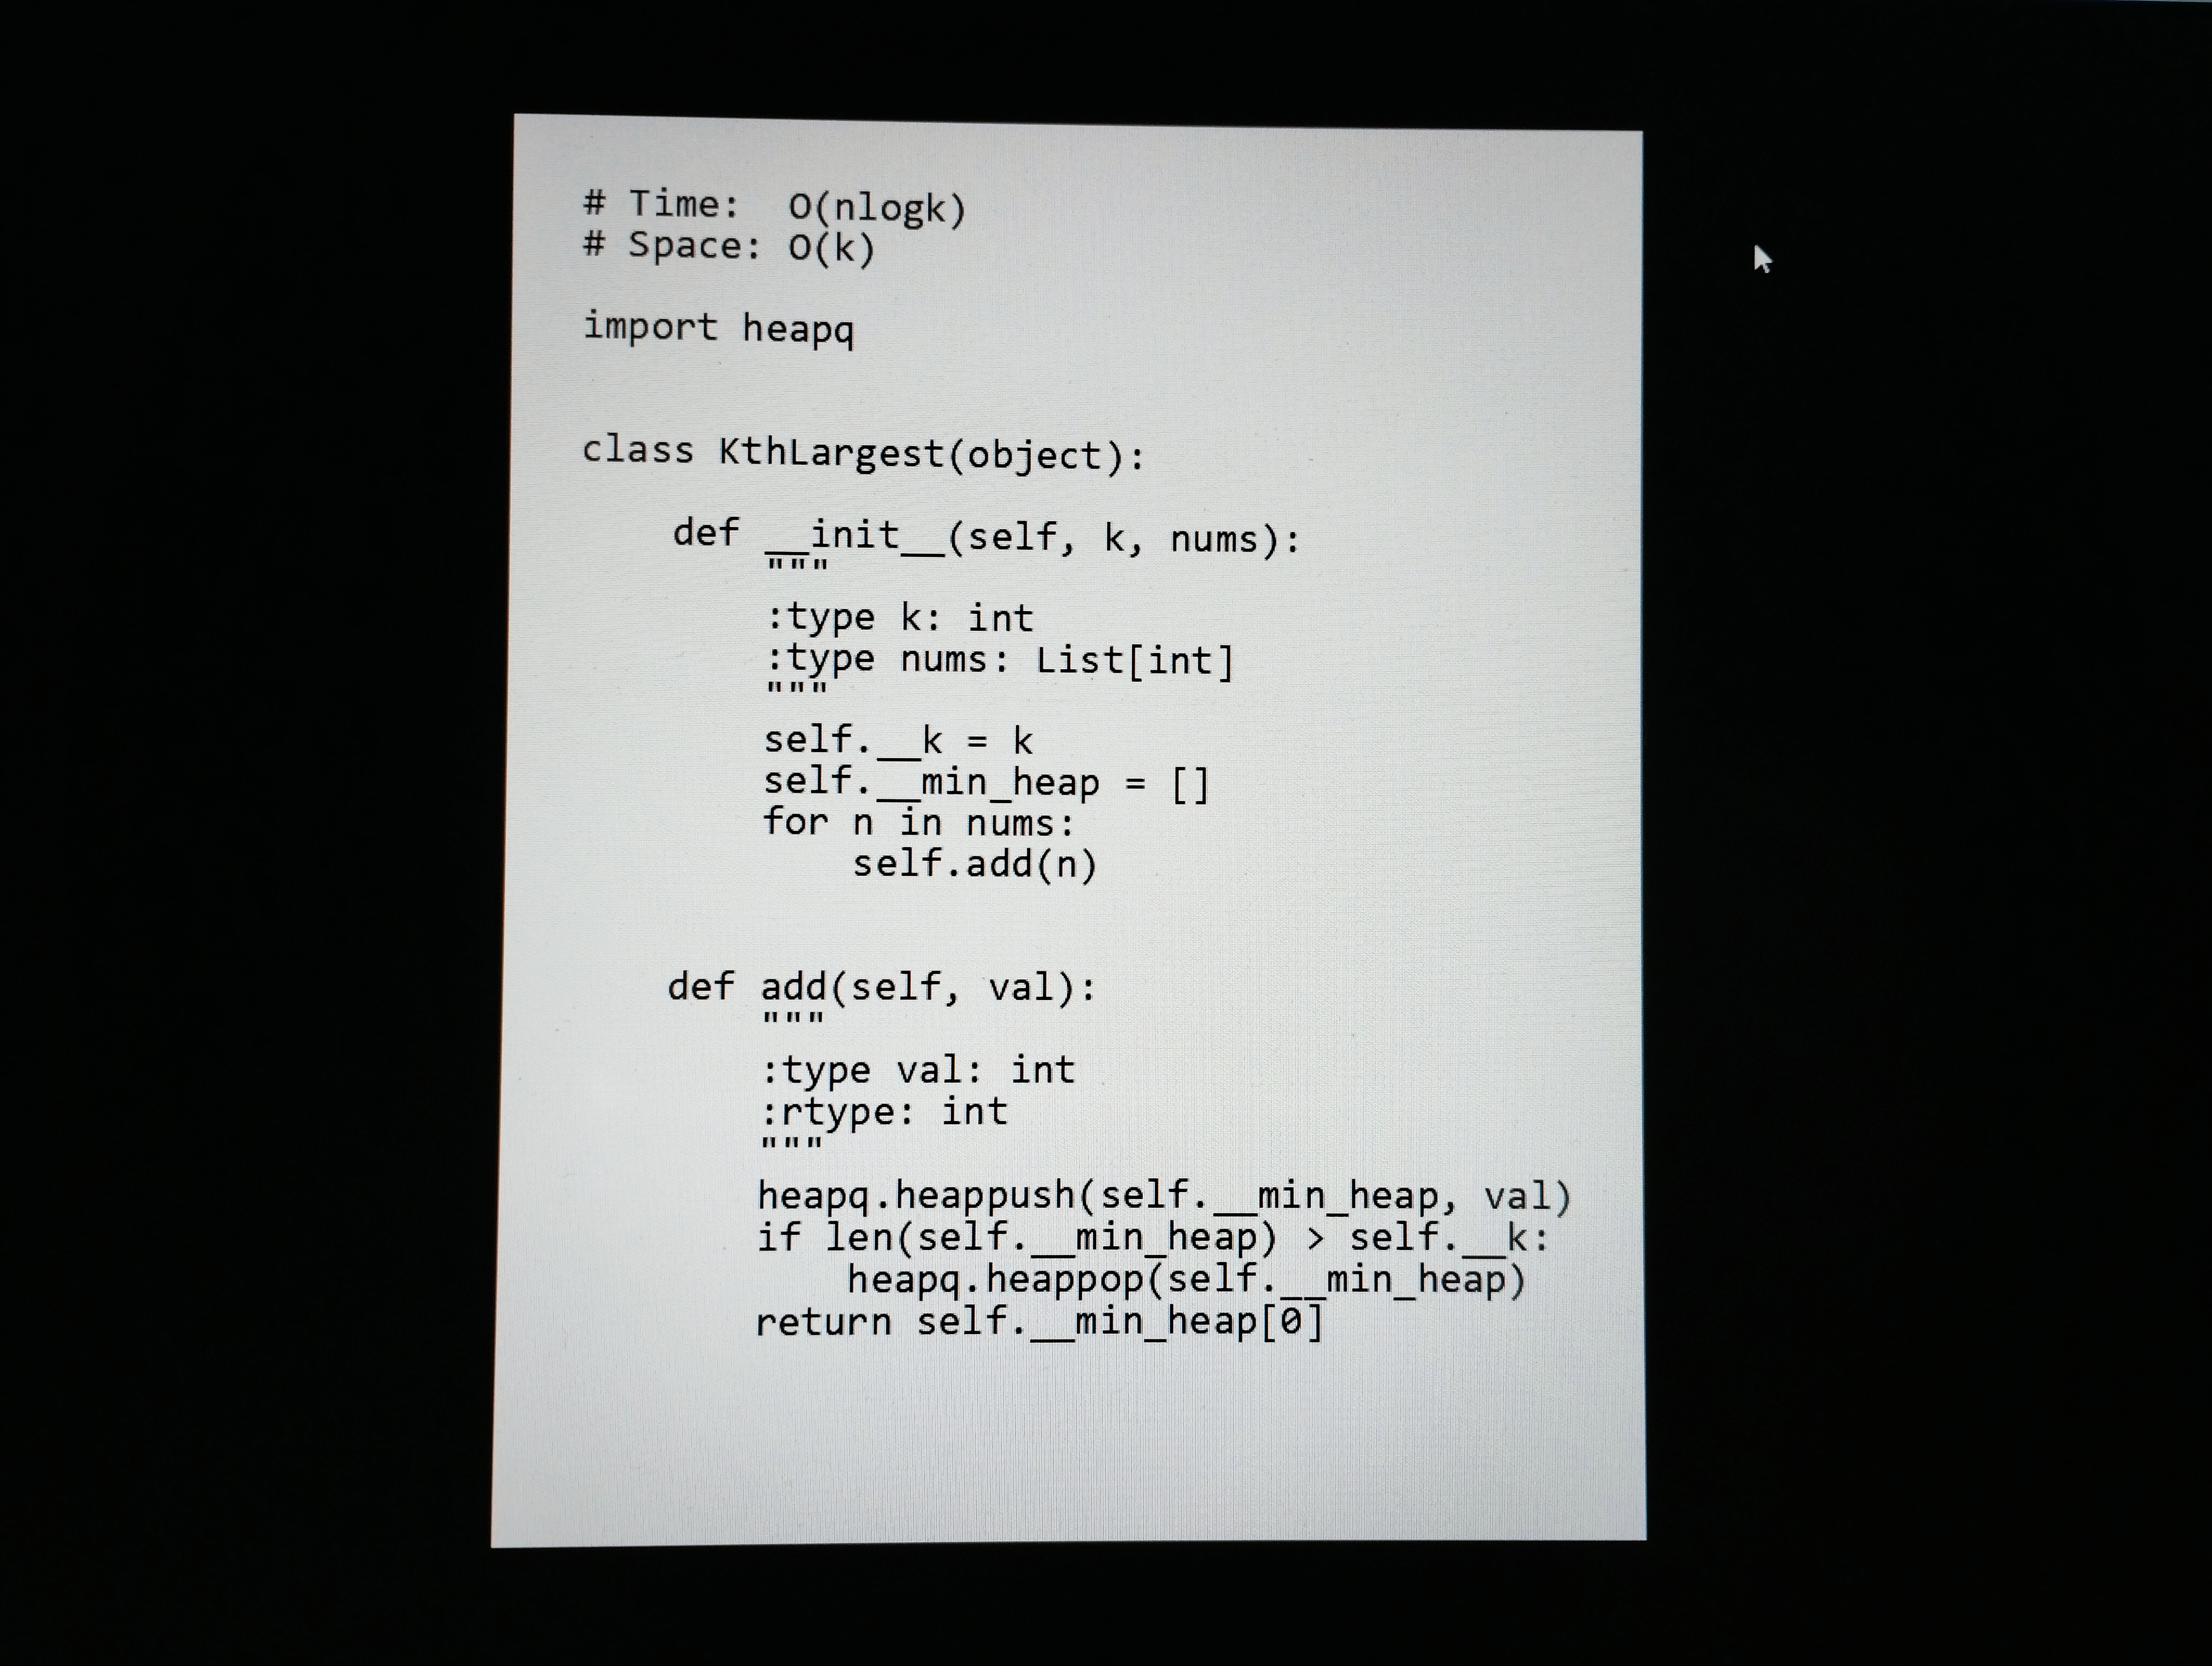
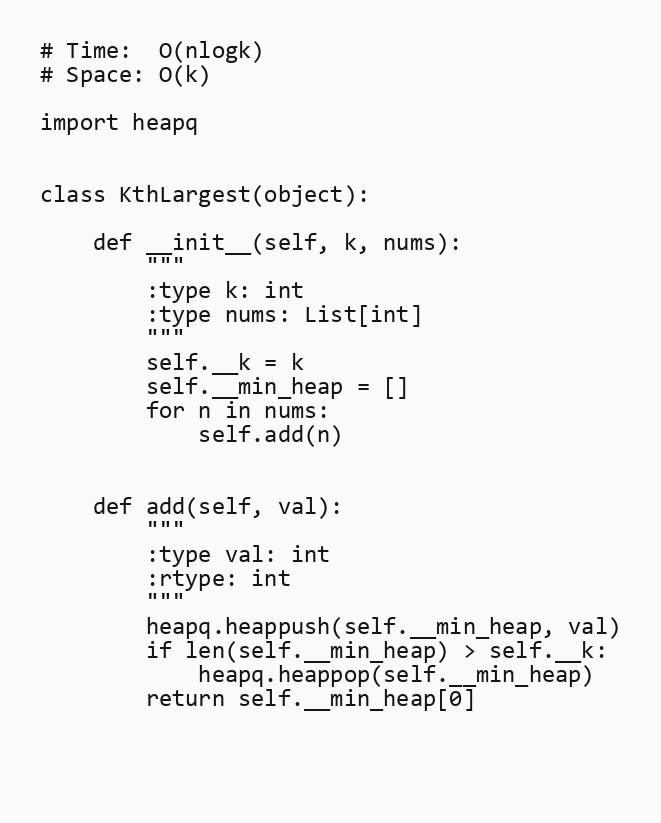
# Time:  O(nlogk)
# Space: O(k)

import heapq

class KthLargest(object):

    def __init__(self, k, nums):
        """
        :type k: int
        :type nums: List[int]
        """
        self.__k = k
        self.__min_heap = []
        for n in nums:
            self.add(n)

    def add(self, val):
        """
        :type val: int
        :rtype: int
        """
        heapq.heappush(self.__min_heap, val)
        if len(self.__min_heap) > self.__k:
            heapq.heappop(self.__min_heap)
        return self.__min_heap[0]